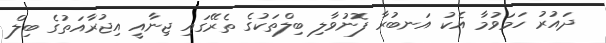
ދައުރު ހަމަވުމާ އެކު އަނބުރާ ފޮނުވާލި ބިލްތަކުގެ ތެރޭގައި ޖިނާއީ އިޖުރާއަތުގެ ބިލް